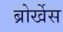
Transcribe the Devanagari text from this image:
ब्रोर्खेस